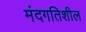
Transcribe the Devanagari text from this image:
मंदगतिशील